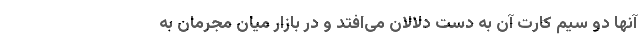
آنها دو سیم کارت آن به دست دلالان می‌افتد و در بازار میان مجرمان به